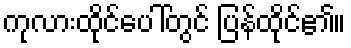
ကုလားထိုင်ပေါ်တွင် ပြန်ထိုင်၏။